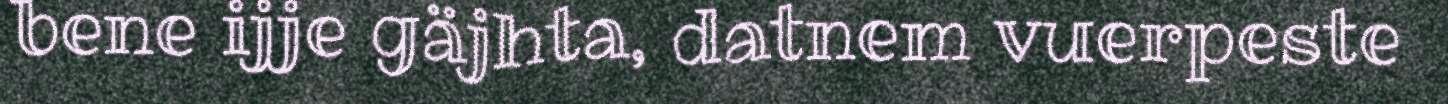
bene ijje gäjhta, datnem vuerpeste